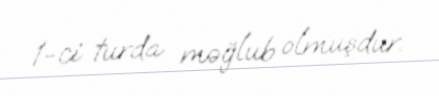
1-ci turda məğlub olmuşdur.